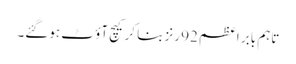
تاہم بابر اعظم 92 رنز بنا کرکیچ آؤ ٹ ہوگئے۔